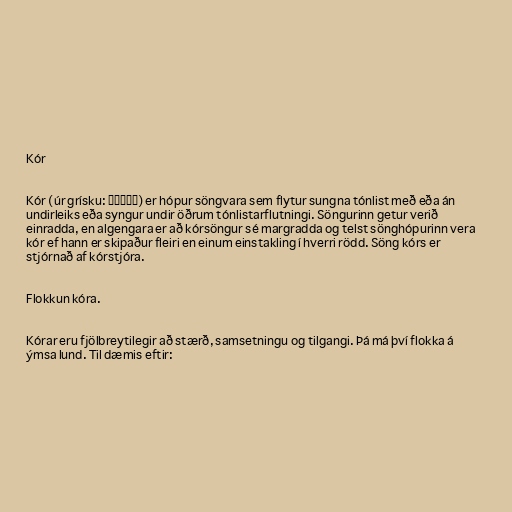
Kór

Kór (úr grísku: χορός) er hópur söngvara sem flytur sungna tónlist með eða án
undirleiks eða syngur undir öðrum tónlistarflutningi. Söngurinn getur verið
einradda, en algengara er að kórsöngur sé margradda og telst sönghópurinn vera
kór ef hann er skipaður fleiri en einum einstakling í hverri rödd. Söng kórs er
stjórnað af kórstjóra.

Flokkun kóra.

Kórar eru fjölbreytilegir að stærð, samsetningu og tilgangi. Þá má því flokka á
ýmsa lund. Til dæmis eftir: